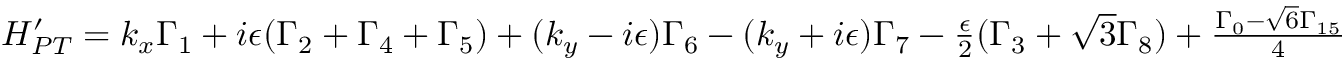
\begin{array} { r } { H _ { P T } ^ { \prime } = k _ { x } \Gamma _ { 1 } + i \epsilon ( \Gamma _ { 2 } + \Gamma _ { 4 } + \Gamma _ { 5 } ) + ( k _ { y } - i \epsilon ) \Gamma _ { 6 } - ( k _ { y } + i \epsilon ) \Gamma _ { 7 } - \frac { \epsilon } { 2 } ( \Gamma _ { 3 } + \sqrt { 3 } \Gamma _ { 8 } ) + \frac { \Gamma _ { 0 } - \sqrt { 6 } \Gamma _ { 1 5 } } { 4 } } \end{array}